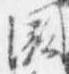
欠